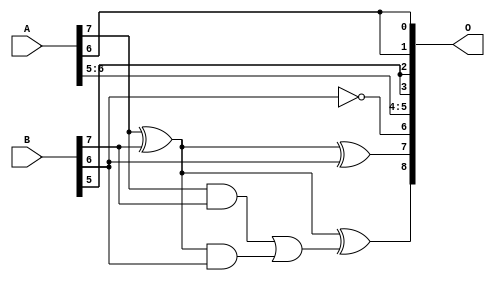
// This program was cloned from: https://github.com/ehw-fit/evoapproxlib
// License: MIT License

/***
* This code is a part of EvoApproxLib library (ehw.fit.vutbr.cz/approxlib) distributed under The MIT License.
* When used, please cite the following article(s): V. Mrazek, L. Sekanina, Z. Vasicek "Libraries of Approximate Circuits: Automated Design and Application in CNN Accelerators" IEEE Journal on Emerging and Selected Topics in Circuits and Systems, Vol 10, No 4, 2020 
* This file contains a circuit from a sub-set of pareto optimal circuits with respect to the pwr and mse parameters
***/
// MAE% = 7.42 %
// MAE = 19 
// WCE% = 25.00 %
// WCE = 64 
// WCRE% = 6300.00 %
// EP% = 98.45 %
// MRE% = 67.81 %
// MSE = 545 
// PDK45_PWR = 0.0042 mW
// PDK45_AREA = 11.7 um2
// PDK45_DELAY = 0.13 ns

module add8se_91V (
    A,
    B,
    O
);

input [7:0] A;
input [7:0] B;
output [8:0] O;

wire sig_26,sig_30,sig_31,sig_32,sig_57,sig_58,sig_65,sig_66;

assign sig_26 = ~B[6];
assign sig_30 = A[7] & B[7];
assign sig_31 = A[7] ^ B[7];
assign sig_32 = A[7] ^ B[7];
assign sig_57 = sig_31 & B[6];
assign sig_58 = sig_30 | sig_57;
assign sig_65 = sig_31 ^ B[6];
assign sig_66 = sig_32 ^ sig_58;

assign O[8] = sig_66;
assign O[7] = sig_65;
assign O[6] = sig_26;
assign O[5] = A[6];
assign O[4] = A[5];
assign O[3] = B[5];
assign O[2] = B[5];
assign O[1] = A[6];
assign O[0] = A[6];

endmodule